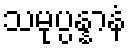
သမုပ္ပန္နာနံ